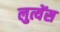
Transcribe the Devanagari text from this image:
लुत्येंस